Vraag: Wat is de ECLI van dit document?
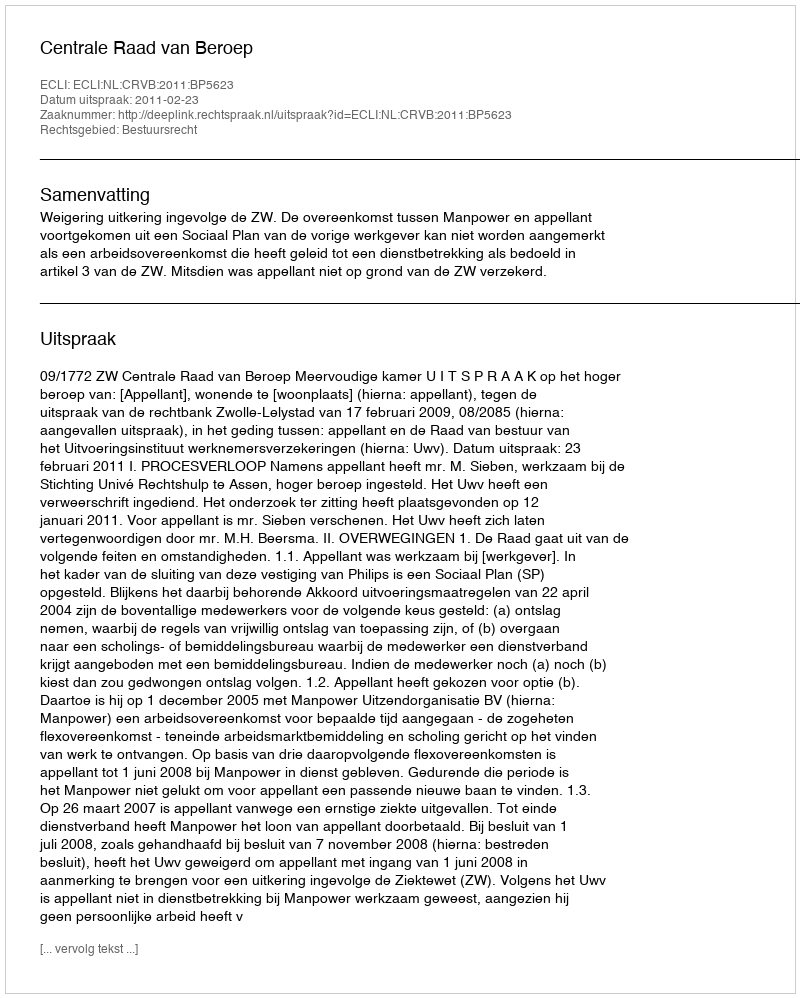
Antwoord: ECLI:NL:CRVB:2011:BP5623